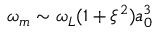
\omega _ { m } \sim \omega _ { L } ( 1 + \xi ^ { 2 } ) a _ { 0 } ^ { 3 }